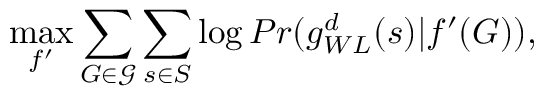
\operatorname* { m a x } _ { f ^ { \prime } } \sum _ { G \in \mathcal { G } } \sum _ { s \in S } \log P r ( g _ { W L } ^ { d } ( s ) | f ^ { \prime } ( G ) ) ,